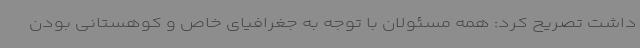
داشت تصریح کرد: همه مسئولان با توجه به جغرافیای خاص و کوهستانی بودن